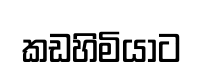
කඩහිමියාට